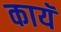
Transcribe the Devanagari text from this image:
कायॅ